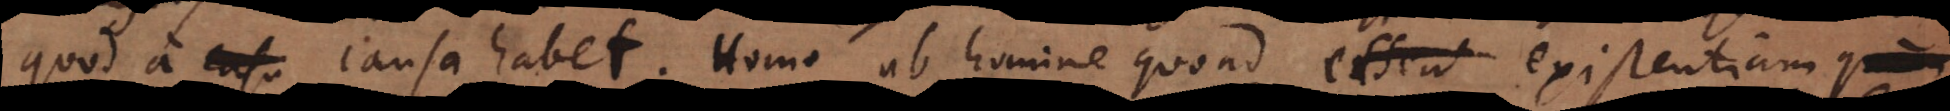
quod a causa habet. Homo ab homine quoad existentiam